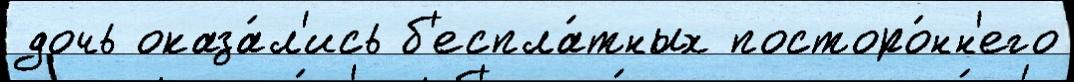
дочь оказа́л'ись б'еспла́тных посторо́нн'его